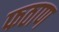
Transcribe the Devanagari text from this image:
फठाण